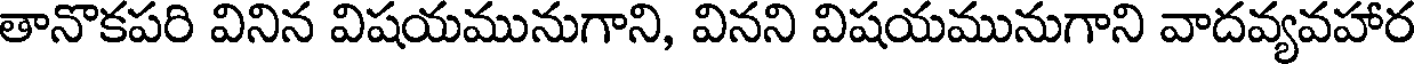
తానొకపరి వినిన విషయమునుగాని, వినని విషయమునుగాని వాదవ్యవహార